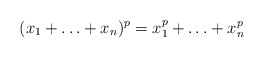
\begin{align*}(x_1 + \ldots + x_n)^p = x_1^p + \ldots +x_n^p\end{align*}